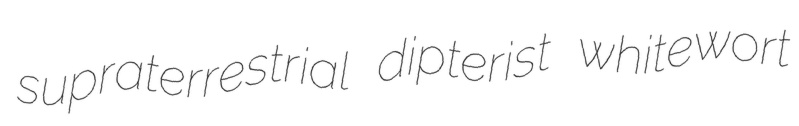
supraterrestrial dipterist whitewort